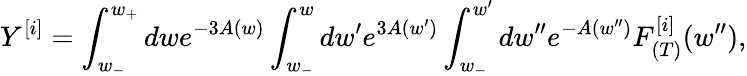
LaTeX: Y^{[i]}=\int_{w_{-}}^{w_{+}}dwe^{-3A(w)}\int_{w_{-}}^{w}dw^{\prime}e^{3A(w^{\prime})}\int_{w_{-}}^{w^{\prime}}dw^{\prime\prime}e^{-A(w^{\prime\prime})}F_{(T)}^{[i]}(w^{\prime\prime}),